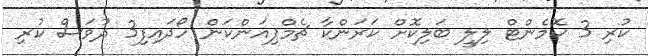
ކުރި 3 ކޮމެންޓް ލިލީ ބަލިކޮށް ކަރަންކާ ޗެމްޕިއަންކަން ހޯދައިފި3 ދުވަސް ކުރި